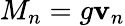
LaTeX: M_{n}=g\mathbf{v}_{n}